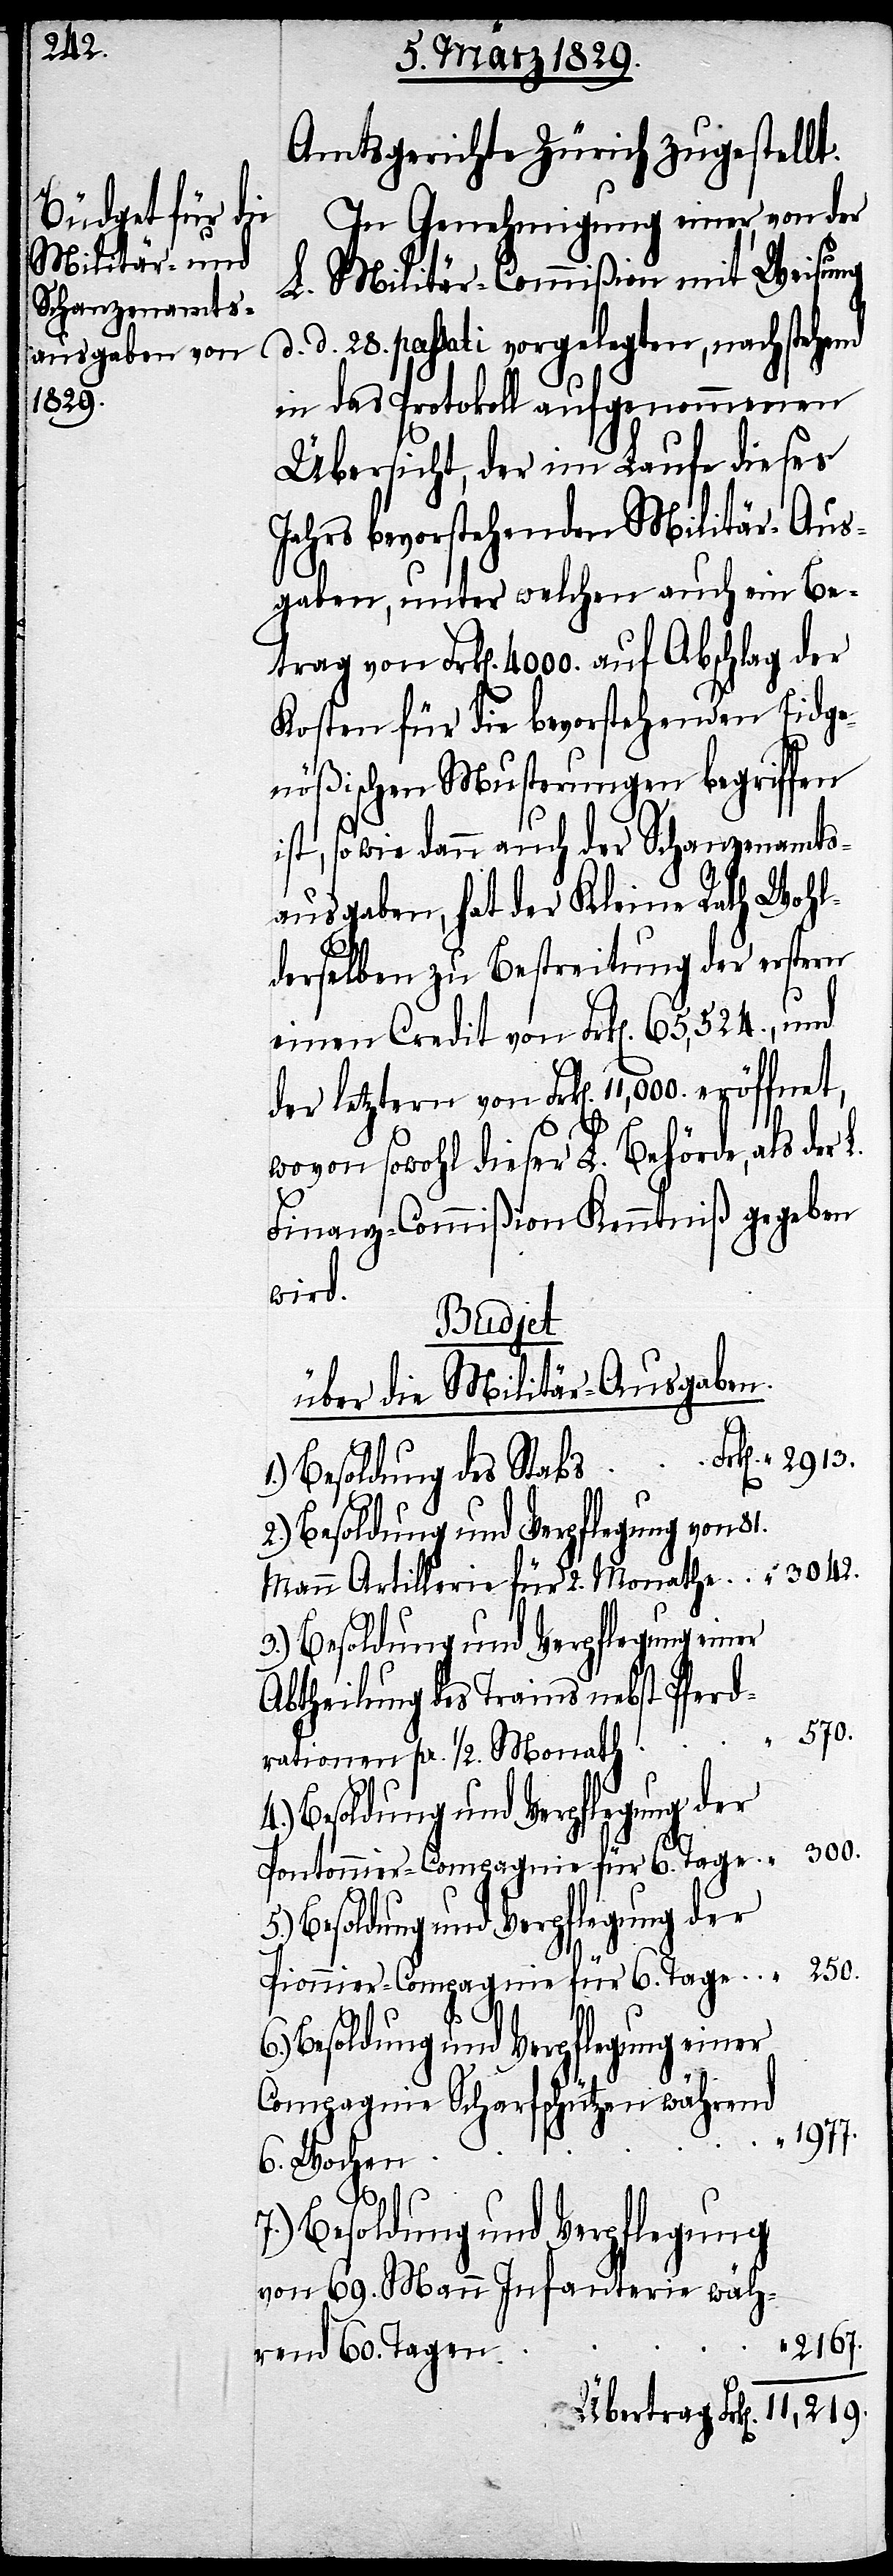
11,219.

Amtsgerichte Zürich zugestellt.
In Genehmigung einer, von der
L. Militär-Commißion mit Weisung
d. 28. passati vorgelegten, nachstehend
in das Protokoll aufgenommenen
Übersicht, der im Laufe dieses
Jahres bevorstehenden Militär-Aus¬
gaben, unter welchen auch ein Be¬
trag von Frk[en]. 4000. auf Abschlag der
Kosten für die bevorstehenden Eidge¬
nößischen Musterungen begriffen
ist, sowie dann auch der Schanzenamts¬
ausgaben, hat der Kleine Rath Wohl¬
derselben zu Bestreitung der erstern
einen Credit von Frk[en]. 65,524., und
wovon sowohl dieser L. Behörde, als der
Finanz-Commißion Kenntniß gegeben
wird.
wäh¬
über Militär-Ausgaben.
1.) Besoldung des Stabs Frk[en]. 2913.
7.) Besoldung und Verpflegung von 69.
Mann Artillerie für 2. Monathe “ 3042.
3.) Besoldung und Verpflegung einer
Abtheilung des Trains
rationen pr. ½. Monath “ 570.
4.) Besoldung und Verpflegung der
Pontonnier-Compagnie für 6. Tage “ 300.
5.) Besoldung und Verpflegung der
Pionnier-Compagnie für 6. Tage “ 250.
6.) Besoldung und Verpflegung einer
Compagnie Scharfschützen
“ 1977.
6. Wochen
2167.
rend 60. Tagen
Übertrag Frk[en].